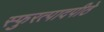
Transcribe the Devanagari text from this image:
स्फुरत्पादपीठे